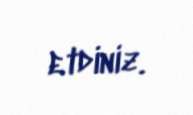
etdiniz.